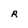
Character: R